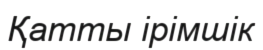
Қатты ірімшік